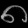
Digit: ၈